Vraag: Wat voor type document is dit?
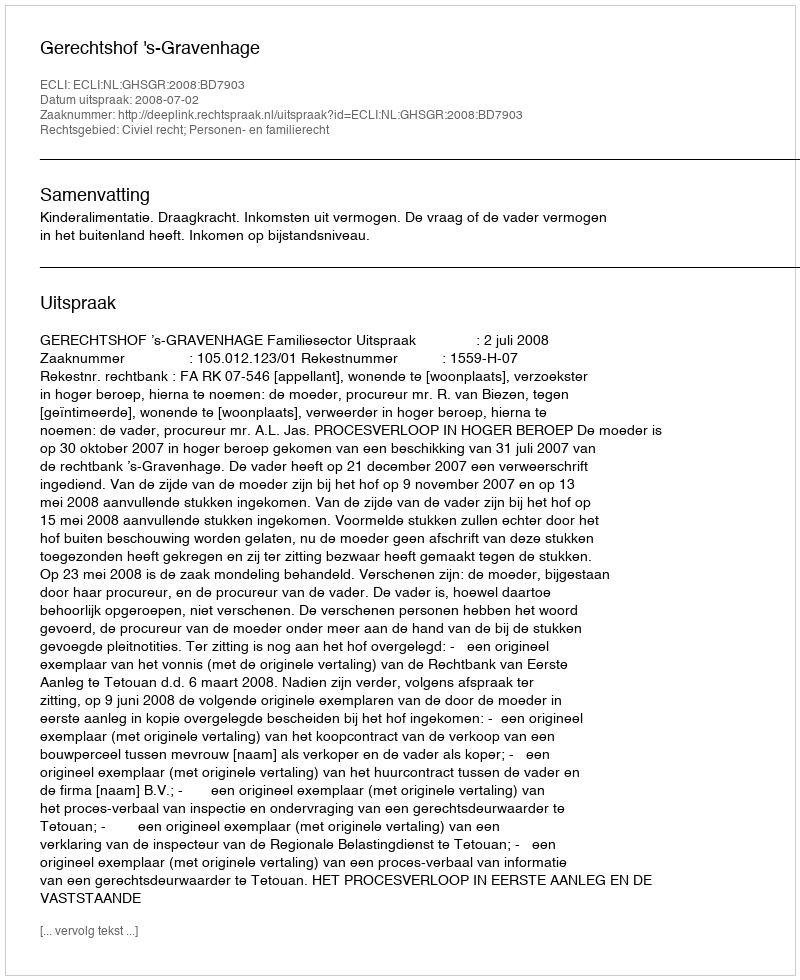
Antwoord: Uitspraak